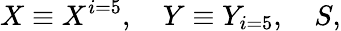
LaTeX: X\equiv X^{i=5},\quad Y\equiv Y_{i=5},\quad S,